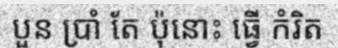
បួន ប្រាំ តែ ប៉ុនោះ ធ្វើ កំរិត